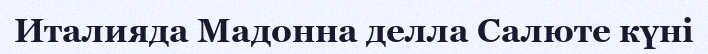
Италияда Мадонна делла Салюте күні